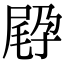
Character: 𡥸